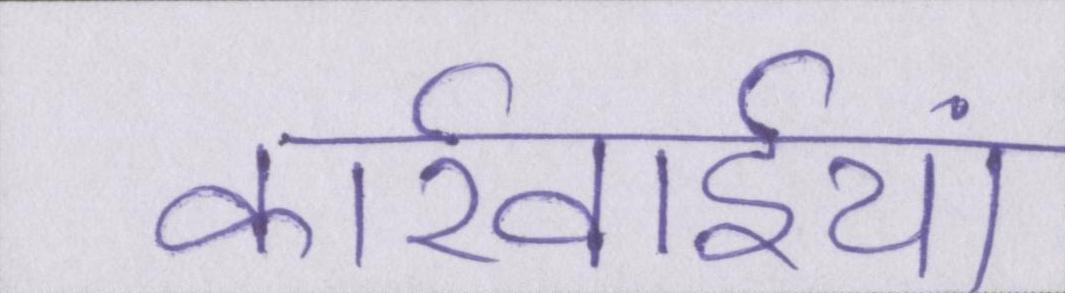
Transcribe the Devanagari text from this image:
कार्रवाईयां